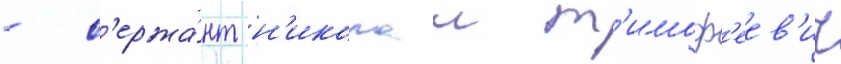
- с'ержа́нт н'иколаи т'имоф'еев'ич